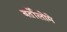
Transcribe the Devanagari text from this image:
बर्तोलोमे